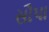
સૌપા